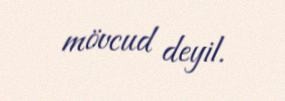
mövcud deyil.